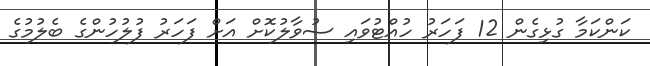
ކަންކަމާ ގުޅިގެން 12 ފަހަރު ހުއްޓުވައި ސުވާލުކޮށް އަށް ފަހަރު ފުލުހުންގެ ބެލުމުގެ